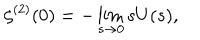
LaTeX: \zeta ^ { ( 2 ) } ( 0 ) = - \lim _ { s \rightarrow 0 } s U ( s ) ,